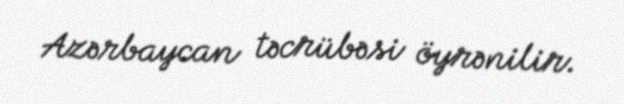
Azərbaycan təcrübəsi öyrənilir.